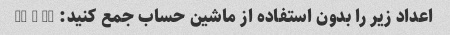
اعداد زیر را بدون استفاده از ماشین حساب جمع کنید: 37 + 63